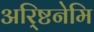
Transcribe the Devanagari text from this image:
अरि्ष्टनेमि